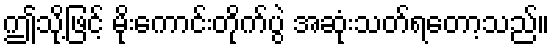
ဤသို့ဖြင့် မိုးကောင်းတိုက်ပွဲ အဆုံးသတ်ရတော့သည်။